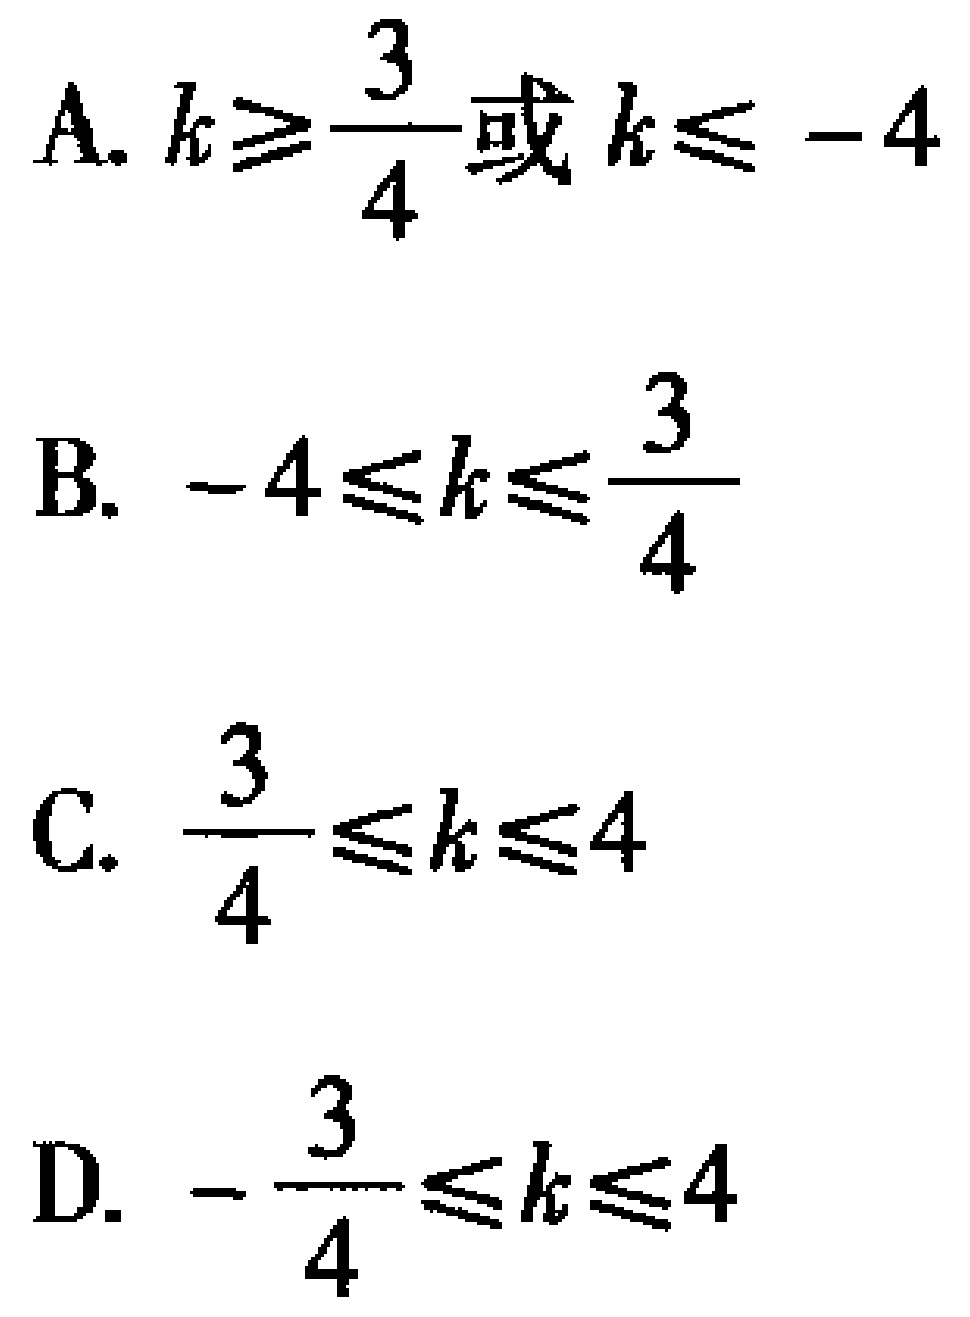
A. \(k\geqslant\frac{3}{4}\)或\(k\leqslant - 4\)
B. \(-4\leqslant k\leqslant\frac{3}{4}\)
C. \(\frac{3}{4}\leqslant k\leqslant4\)
D. \(-\frac{3}{4}\leqslant k\leqslant4\)